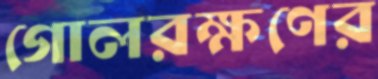
গোলরক্ষণের